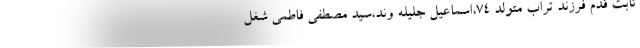
ثابت قدم فرزند تراب متولد ۷۴،اسماعیل جلیله وند،سید مصطفی فاطمی شغل